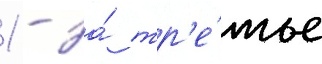
1 - за́ тр'е́тье